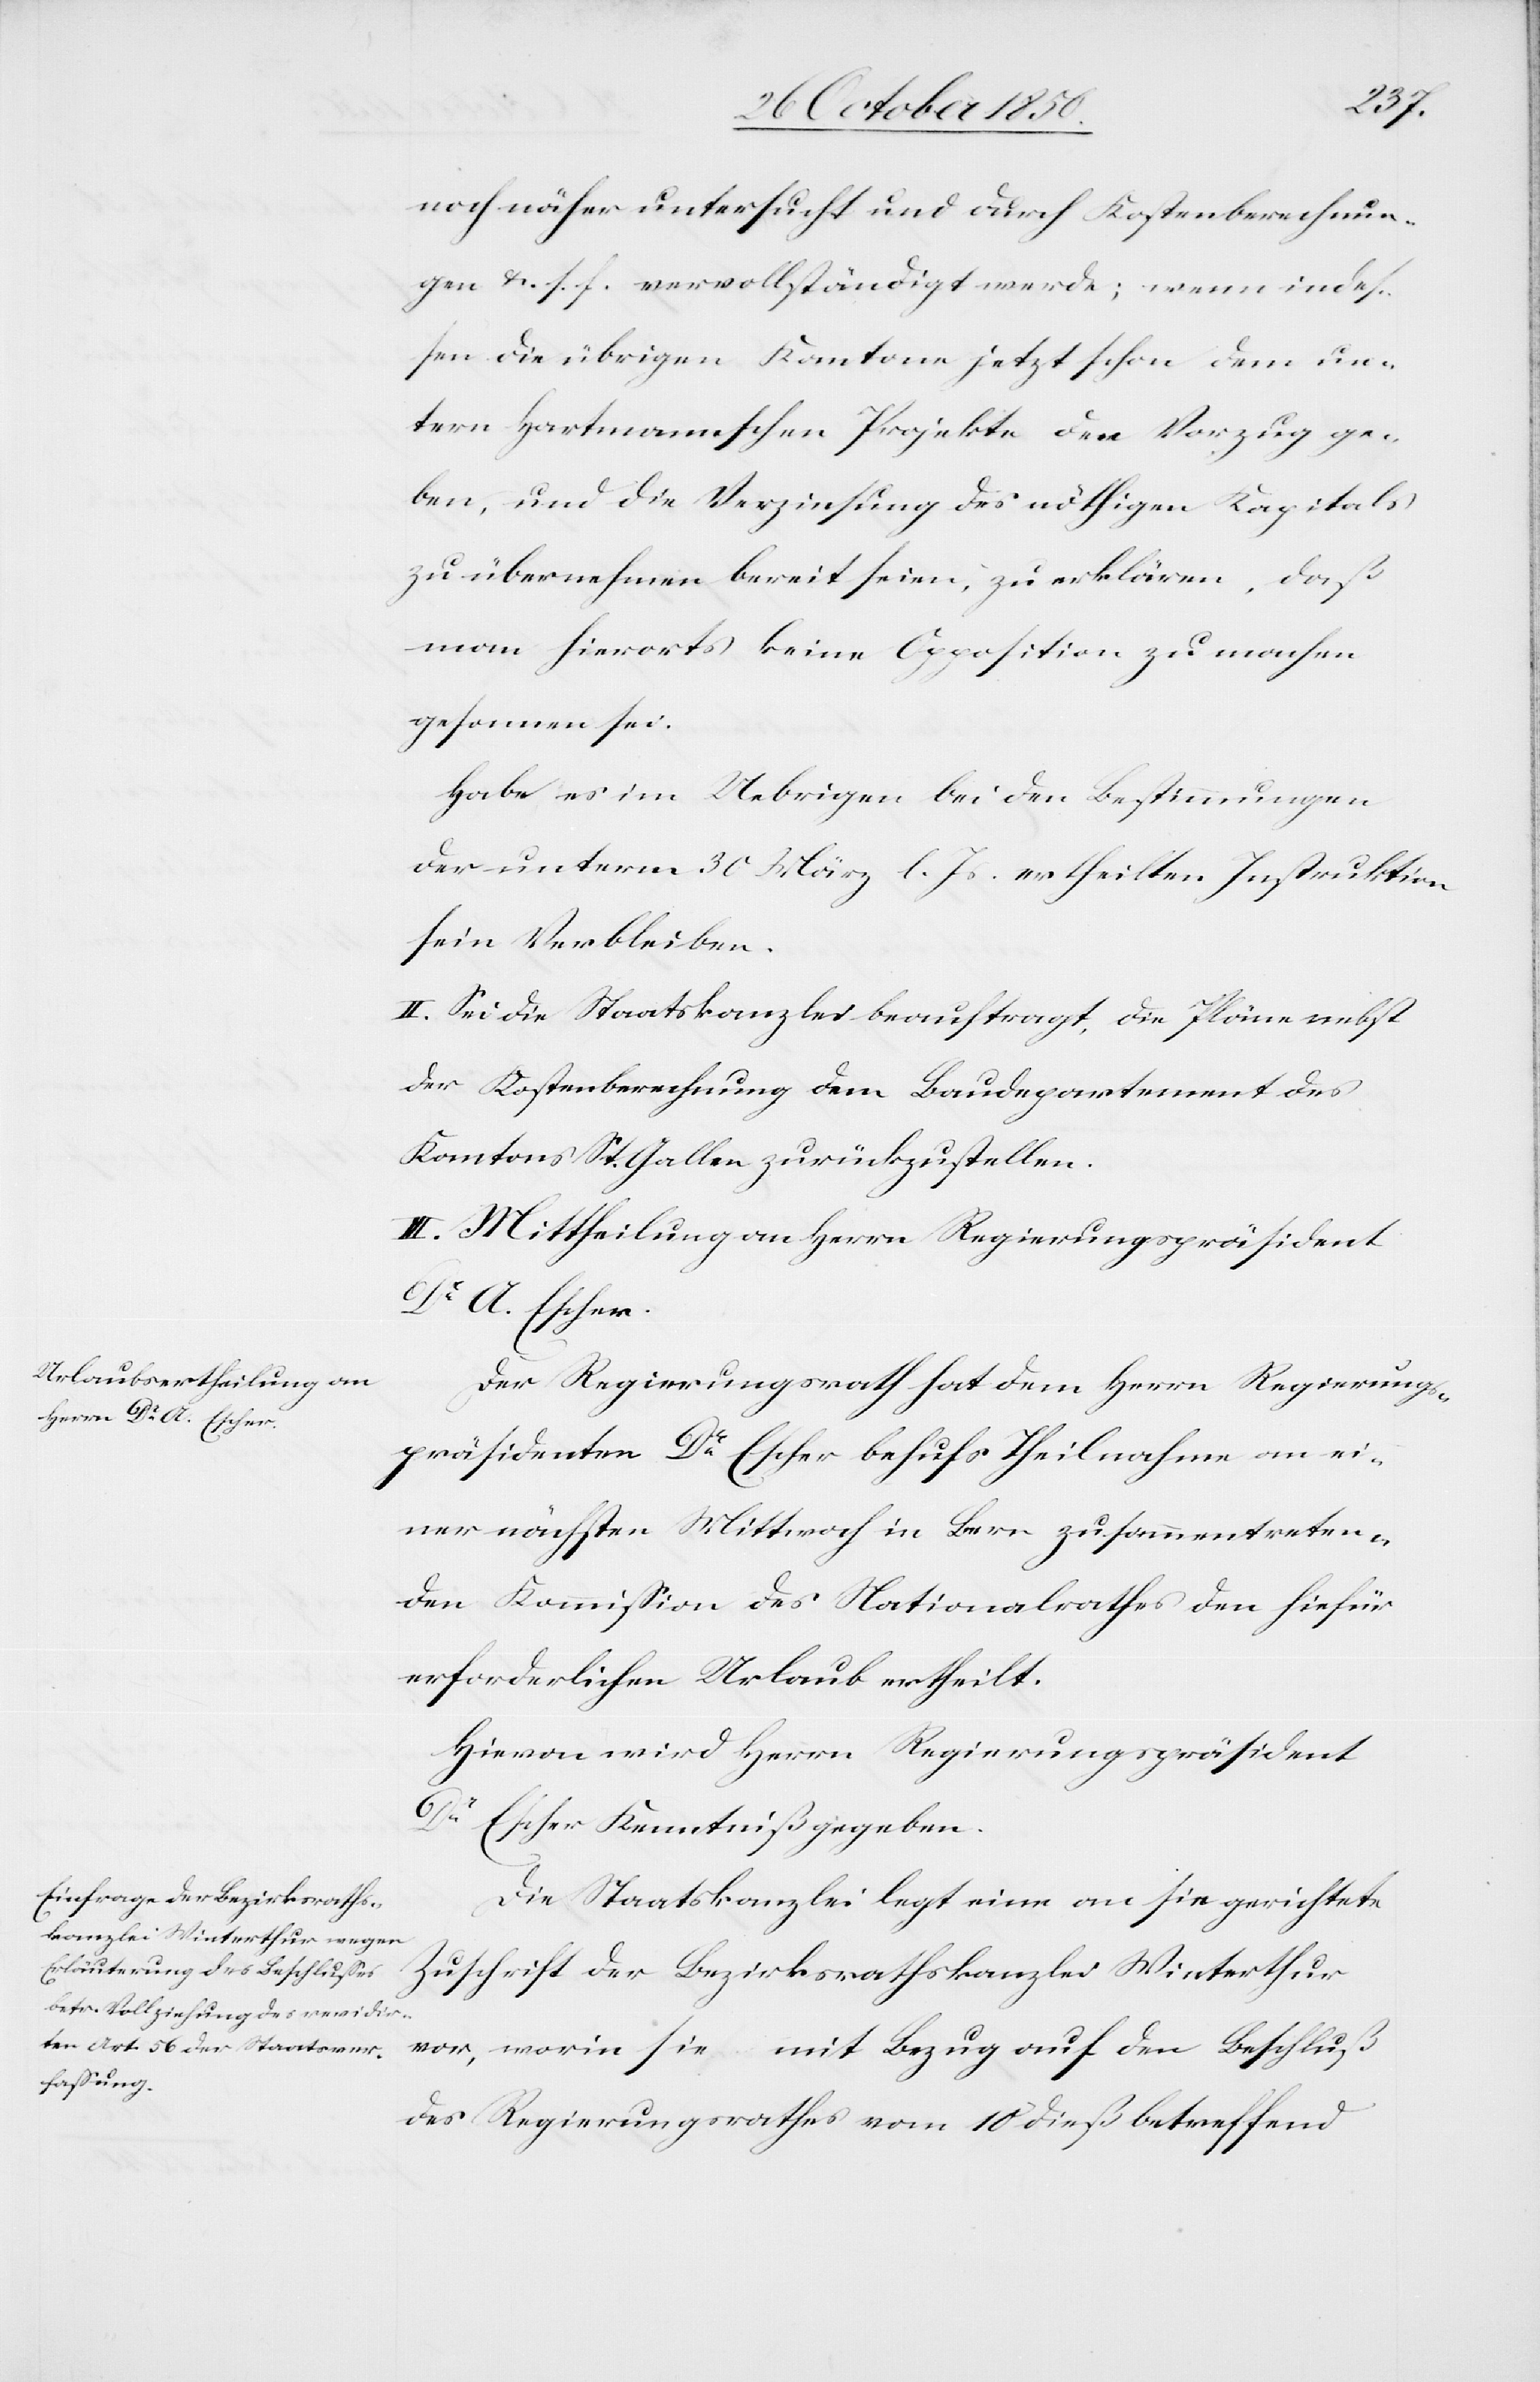
noch näher untersucht und durch Kostenberechnun¬
gen &. s. f. vervollständigt werde; wenn indes¬
sen die übrigen Kantone jetzt schon dem un¬
tern Hartmannschen Projekte den Vorzug ge¬
ben, und die Verzinsung des nöthigen Kapitals
zu übernehmen bereit seien, zu erklären, daß
man hierorts keine Opposition zu machen
gesonnen sei.
Habe es im Uebrigen bei den Bestimmungen
der unterm 30 März l. Js. ertheilten Instruktion
sein Verbleiben.
II. Sei die Staatskanzlei beauftragt, die Pläne nebst
der Kostenberechnung dem Baudepartement des
Kantons St. Gallen zurückzustellen.
III. Mittheilung an Herrn Regierungspräsident
Dr A. Escher.
Der Regierungsrath hat dem Herrn Regierungs¬
präsidenten Dr Escher behufs Theilnahme an ei¬
ner nächsten Mittwoch in Bern zusammentreten¬
den Kommission des Nationalrathes den hiefür
erforderlichen Urlaub ertheilt.
Hievon wird Herrn Regierungspräsident
Dr Escher Kenntniß gegeben.
Die Staatskanzlei legt eine an sie gerichtete
Zuschrift der Bezirksrathskanzlei Winterthur
vor, worin sie mit Bezug auf den Beschluß
des Regierungsrathes vom 18 dieß betreffend